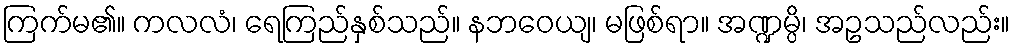
ကြက်မ၏။ ကလလံ၊ ရေကြည်နှစ်သည်။ နဘဝေယျ၊ မဖြစ်ရာ။ အဏ္ဍမ္ပိ၊ အဥသည်လည်း။